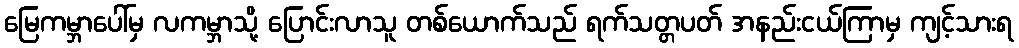
မြေကမ္ဘာပေါ်မှ လကမ္ဘာသို့ ပြောင်းလာသူ တစ်ယောက်သည် ရက်သတ္တပတ် အနည်းငယ်ကြာမှ ကျင့်သားရ